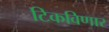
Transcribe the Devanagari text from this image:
टिकविणार